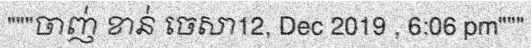
"""ចាញ់ ខាន់ ចេសា12, Dec 2019 , 6:06 pm"""